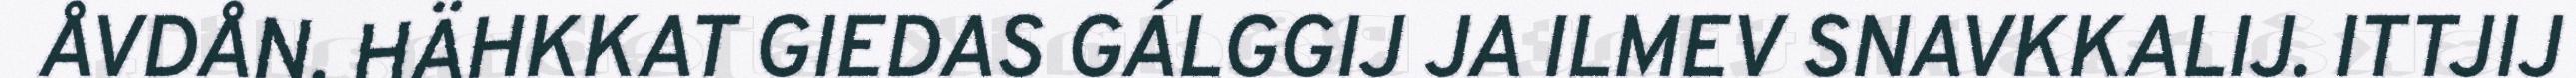
ÅVDÅN. HÄHKKAT GIEDAS GÁLGGIJ JA ILMEV SNAVKKALIJ. ITTJIJ